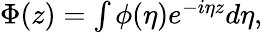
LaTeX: \begin{array}{r}{\Phi(z)=\int\phi(\eta)e^{-i\eta z}d\eta,}\end{array}